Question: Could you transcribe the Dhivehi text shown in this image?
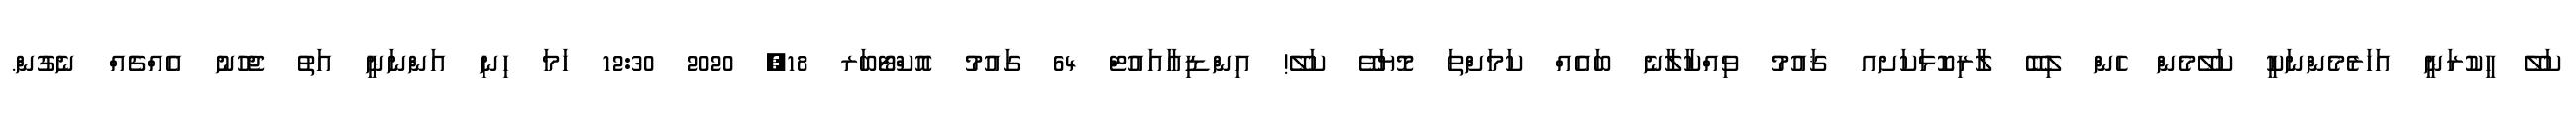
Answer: ކަލޭ ހީކުރަނީ އަހަރެމެންނަކީ ކަލޭމެން ހެން ލިބޭ ލާރިކޮޅަކަށއ ޤައުމު ވިއްކާލާނެ ބައެއް ކަމަށްތަ މޮޔަވޭ ކަލޭ! އިންޑިއާއައުޓް 64 ގައުމު އޮކްޓޯބަރ 18, 2020 12:30 ހަމަ ހިނި އަންނަނީ އަތު ޖެހުނު އެއްޗެއް ނެގުން.